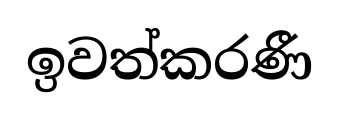
ඉවත්කරණී